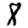
Digit: 8